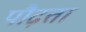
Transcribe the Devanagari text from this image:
पौढ़ता